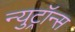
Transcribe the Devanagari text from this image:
न्युट्रॉन्स